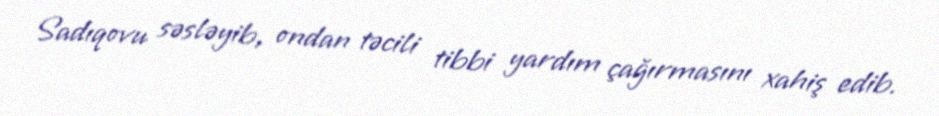
Sadıqovu səsləyib, ondan təcili tibbi yardım çağırmasını xahiş edib.